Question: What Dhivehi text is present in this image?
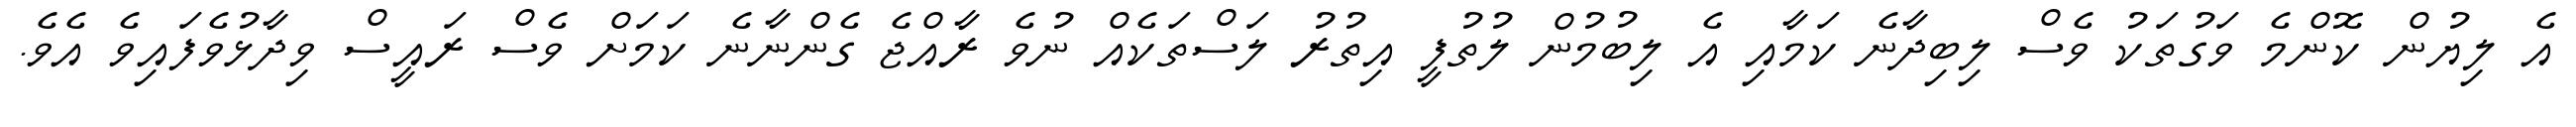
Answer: އެ ލިޔުން ކޮންމެ ވަގުތަކު ވެސް ލިބިދާނެ ކަމާއި އެ ލިބުމުން ލުތުފީ އިތުރު ލަސްތަކެއް ނުވެ ރާއްޖެ ގެންނާނެ ކަމަށް ވެސް ރައީސް ވިދާޅުވެފައިވެ އެވެ.